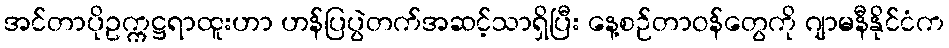
အင်တာပိုဥက္ကဋ္ဌရာထူးဟာ ဟန်ပြပွဲတက်အဆင့်သာရှိပြီး နေ့စဉ်တာဝန်တွေကို ဂျာမနီနိုင်ငံက